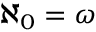
\aleph _ { 0 } = \omega